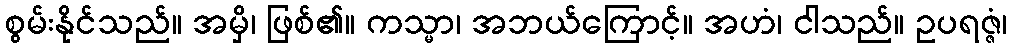
စွမ်းနိုင်သည်။ အမှိ၊ ဖြစ်၏။ ကသ္မာ၊ အဘယ်ကြောင့်။ အဟံ၊ ငါသည်။ ဥပရဇ္ဇံ၊